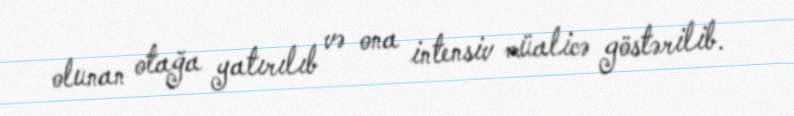
olunan otağa yatırılıb və ona intensiv müalicə göstərilib.